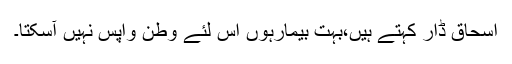
اسحاق ڈار کہتے ہیں،بہت بیمارہوں اس لئے وطن واپس نہیں آسکتا۔